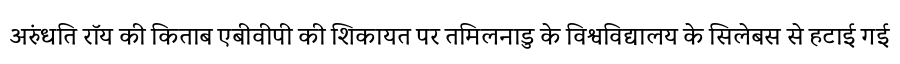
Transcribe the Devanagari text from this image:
अरुंधति रॉय की किताब एबीवीपी की शिकायत पर तमिलनाडु के विश्वविद्यालय के सिलेबस से हटाई गई